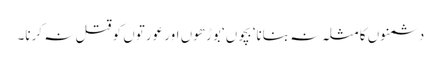
دشمنوں کا مثلہ نہ بنانا‘ بچوں‘ بوڑھوں اور عورتوں کو قتل نہ کرنا۔